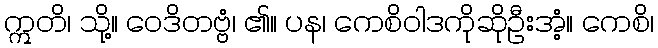
ဣတိ၊ သို့။ ဝေဒိတဗ္ဗံ၊ ၏။ ပန၊ ကေစိဝါဒကိုဆိုဦးအံ့။ ကေစိ၊